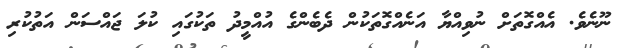
ނޫނެެވެ. އެއްގޮތަށް ނުވިއްޔާ އަނެއްގޮތަކުން ދެބެންގެ އުއްމީދު ތަކުގައި ކުލަ ޖައްސަން އަތުކުރި